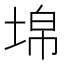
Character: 𡍈